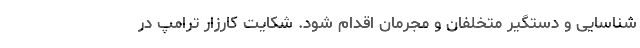
شناسایی و دستگیر متخلفان و مجرمان اقدام شود. شکایت کارزار ترامپ در